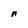
Character: n